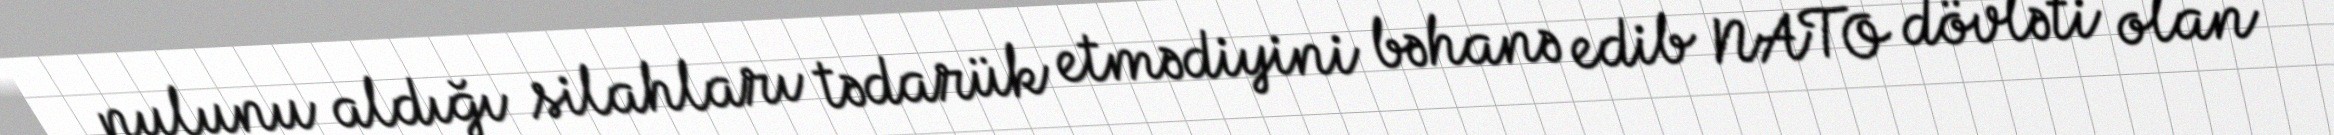
pulunu aldığı silahları tədarük etmədiyini bəhanə edib NATO dövləti olan